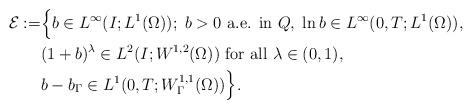
LaTeX: \begin{align*}\mathcal{E}:=&\Big\{ b\in L^{\infty}(I;L^1(\Omega)); \; b> 0 \textrm{ a.e. in } Q, \; \ln b \in L^{\infty}(0,T; L^1(\Omega)),\\&(1+b)^\lambda \in L^2(I; W^{1,2}(\Omega)) \textrm{ for all } \lambda \in (0,1),\\&b-b_{\Gamma} \in L^1(0,T;W^{1,1}_{\Gamma}(\Omega))\Big \}. \end{align*}